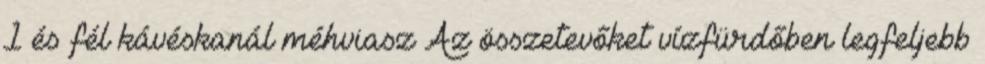
1 és fél kávéskanál méhviasz Az összetevőket vízfürdőben legfeljebb